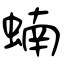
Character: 蝻